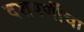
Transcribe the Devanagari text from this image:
दशपर्णीचा